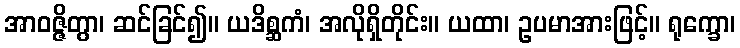
အာဝဇ္ဇိတွာ၊ ဆင်ခြင်၍။ ယဒိစ္ဆကံ၊ အလိုရှိတိုင်း။ ယထာ၊ ဥပမာအားဖြင့်။ ရုက္ခော၊